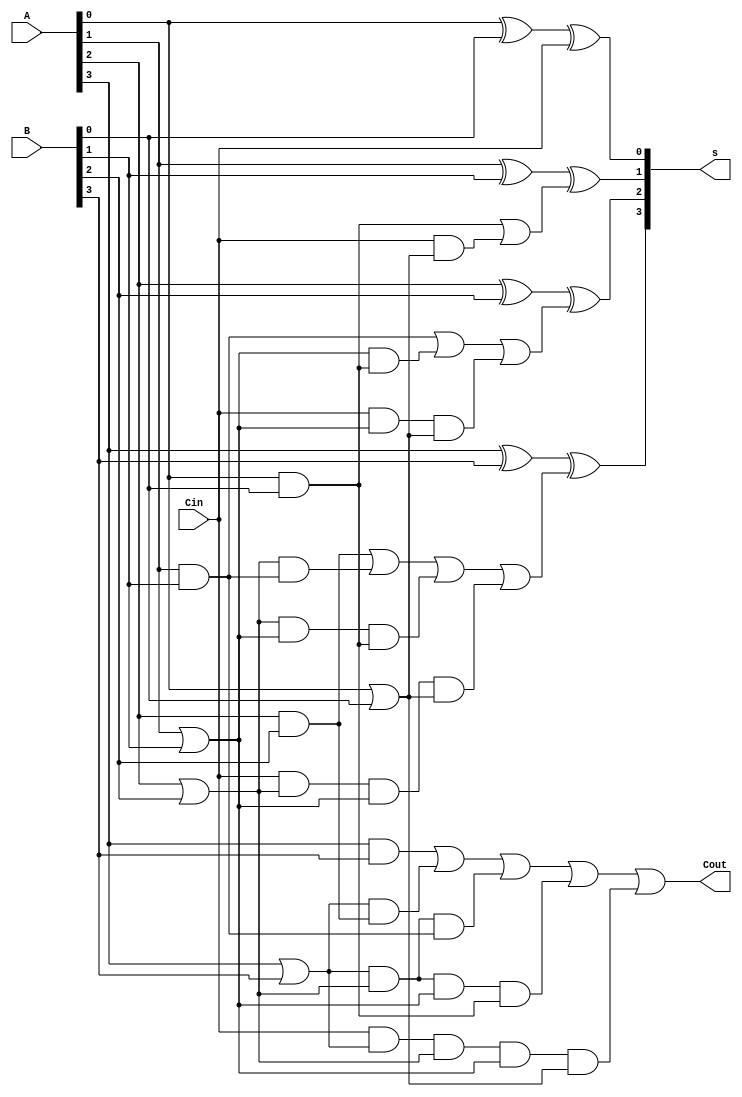
module cadd4 (
	A,
	B,
	Cin,
	s,
	Cout
);
	input [3:0] A ,B;
	input Cin;
	output [3:0] s;
	output Cout;
	wire c0,c1,c2;
	wire [3:0] p,g;

	assign p[0]=A[0]|B[0];
	assign p[1]=A[1]|B[1];
	assign p[2]=A[2]|B[2];
	assign p[3]=A[3]|B[3];

	assign g[0]=A[0]&B[0];
	assign g[1]=A[1]&B[1];
	assign g[2]=A[2]&B[2];
	assign g[3]=A[3]&B[3];

	assign c0=g[0]|(Cin&p[0]);
	assign c1=g[1]|(p[1]&g[0])|(Cin&p[1]&p[0]);
	assign c2=g[2]|(p[2]&g[1])|(p[2]&p[1]&g[0])|(Cin&p[2]&p[1]&p[0]);
	assign Cout=g[3]|(p[3]&g[2])|(p[3]&p[2]&g[1])|(p[3]&p[2]&p[1]&g[0])|(Cin&p[3]&p[2]&p[1]&p[0]);

	assign s[0]=A[0]^B[0]^Cin;
	assign s[1]=A[1]^B[1]^c0;
	assign s[2]=A[2]^B[2]^c1;
	assign s[3]=A[3]^B[3]^c2;
endmodule